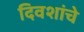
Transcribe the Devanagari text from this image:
दिवशांचे